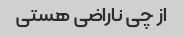
از چی ناراضی هستی